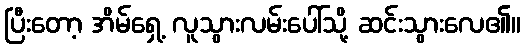
ပြီးတော့ အိမ်ရှေ့ လူသွားလမ်းပေါ်သို့ ဆင်းသွားလေ၏။